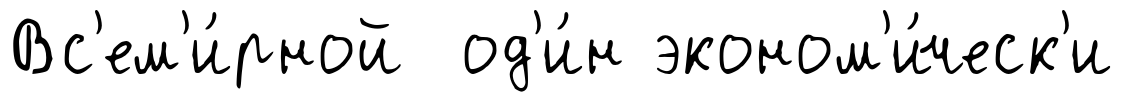
Вс'ем'и́рной од'и́н эконом'и́ческ'и